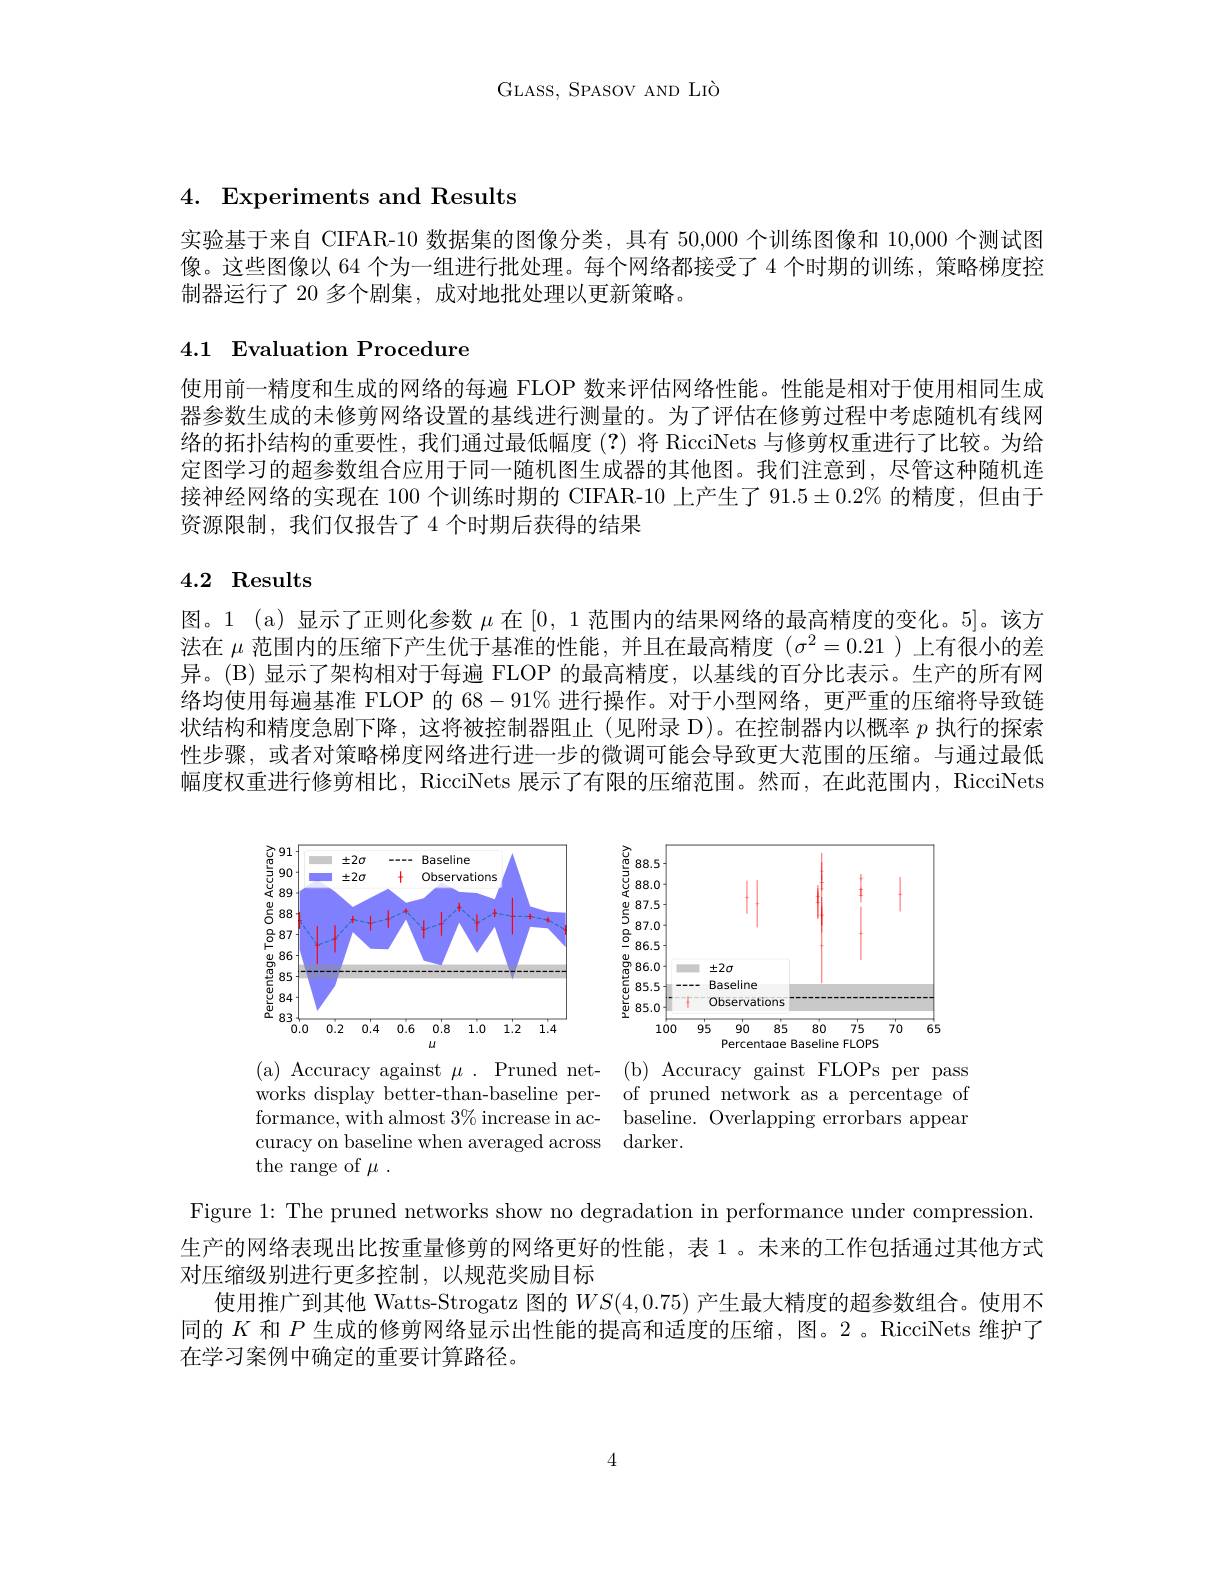
GLASS, SPASOV AND LIò

# 4. Experiments and Results

实验基于来自 CIFAR-10 数据集的图像分类，具有 50,000 个训练图像和 10,000 个测试图像。这些图像以 64 个为一组进行批处理。每个网络都接受了 4 个时期的训练，策略梯度控制器运行了 20 多个剧集，成对地批处理以更新策略。

# 4.1 Evaluation Procedure

使用前一精度和生成的网络的每遍 FLOP 数来评估网络性能。性能是相对于使用相同生成器参数生成的未修剪网络设置的基线进行测量的。为了评估在修剪过程中考虑随机有线网络的拓扑结构的重要性，我们通过最低幅度 (?) 将 RicciNets 与修剪权重进行了比较。为给定图学习的超参数组合应用于同一随机图生成器的其他图。我们注意到，尽管这种随机连接神经网络的实现在 100 个训练时期的 CIFAR-10 上产生了 91.5$\pm0.2\%$的精度，但由于资源限制，我们仅报告了4个时期后获得的结果

# 4.2 Results

图。1 (a) 显示了正则化参数$\mu$在[0,1范围内的结果网络的最高精度的变化。5]。该方法在$\mu$范围内的压缩下产生优于基准的性能，并且在最高精度$(\sigma^2=0.21$ )上有很小的差异。(B)显示了架构相对于每遍 FLOP 的最高精度，以基线的百分比表示。生产的所有网络均使用每遍基准 FLOP 的 68$-91\%$进行操作。对于小型网络，更严重的压缩将导致链状结构和精度急剧下降，这将被控制器阻止(见附录 D)。在控制器内以概率$p$执行的探索性步骤，或者对策略梯度网络进行进一步的微调可能会导致更大范围的压缩。与通过最低幅度权重进行修剪相比，RicciNets 展示了有限的压缩范围。然而，在此范围内，RicciNets

<FigureHere>

<FigureHere>

( a) Accuracy against $\mu$ . Pruned net- ( b) Accuracy gainst FLOPs per pass works display better-than-baseline per- of pruned network as a percentage of formance, with almost $3\%$ increase in ac- baseline. Overlapping errorbars appear curacy on baseline when averaged across darker.
the range of $\mu.$

Figure 1: The pruned networks show no degradation in performance under compression 生产的网络表现出比按重量修剪的网络更好的性能，表1。未来的工作包括通过其他方式

对压缩级别进行更多控制，以规范奖励目标
使用推广到其他 Watts-Strogatz 图的$WS(4,0.75)$ 产生最大精度的超参数组合。使用不同的$K$和$P$生成的修剪网络显示出性能的提高和适度的压缩，图。2。RicciNets 维护了在学习案例中确定的重要计算路径。